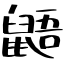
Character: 鼯